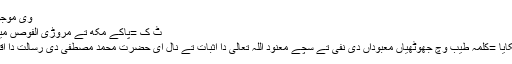
وی موجود اے )
ٹ ک =پاکے مکھ تے مروڑی الفوصں میم بن کیا
اتے م پکایا =کلمہ طیب وچ جھوٹھیاں معبوداں دی نفی تے سچے معنود اللہ تعالی دا اثبات تے نال ای حضرت محمد مصطفی دی رسالت دا اقرار اے۔